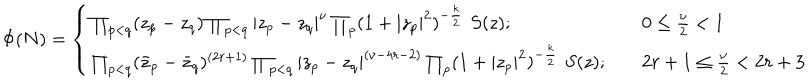
LaTeX: \Phi ( N ) = \left\{ \begin{array} { l l } { { \prod _ { p < q } ( z _ { p } - z _ { q } ) \prod _ { p < q } | z _ { p } - z _ { q } | ^ { \nu } \prod _ { p } ( 1 + | z _ { p } | ^ { 2 } ) ^ { - { \frac { k } { 2 } } } \, \, S ( z ) ; } } & { { 0 \le { \frac { \nu } { 2 } } < 1 } } \\ { { \prod _ { p < q } ( \bar { z } _ { p } - \bar { z } _ { q } ) ^ { ( 2 r + 1 ) } \prod _ { p < q } | z _ { p } - z _ { q } | ^ { ( \nu - 4 r - 2 ) } \prod _ { p } ( 1 + | z _ { p } | ^ { 2 } ) ^ { - { \frac { k } { 2 } } } \, \, S ( z ) ; \quad } } & { { 2 r + 1 \le { \frac { \nu } { 2 } } < 2 r + 3 } } \\ \end{array} \right.